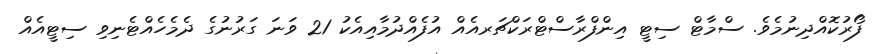
ފޯރުކޮއްދިނުމެވެ. ސްމާޓް ސިޓީ އިންފްރާސްޓްރަކްޗަރއެއް އުފެއްދުމާއިއެކު 21 ވަނަ ގަރުނުގެ ދެމެހެއްޓެނިވި ސިޓީއެއް